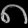
Digit: ၈